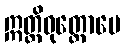
ဣတ္ထိဓုတ္တောပေ